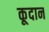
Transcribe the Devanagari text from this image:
कूदान